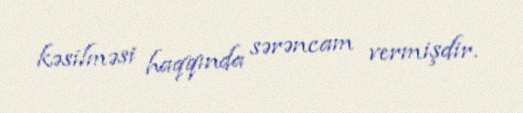
kəsilməsi haqqında sərəncam vermişdir.